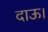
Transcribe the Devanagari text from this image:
दाऊ।